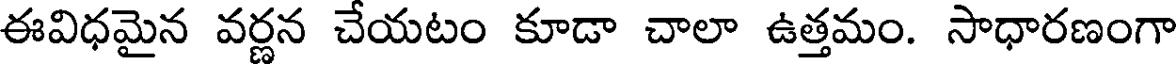
ఈవిధమైన వర్ణన చేయటం కూడా చాలా ఉత్తమం. సాధారణంగా